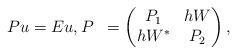
LaTeX: \begin{align*}\begin{aligned}Pu &= Eu,P &= \left(\begin{matrix} P_1 & hW\\hW^* & P_2\end{matrix}\right),\end{aligned}\end{align*}